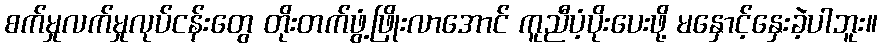
စက်မှုလက်မှုလုပ်ငန်းတွေ တိုးတက်ဖွံ့ဖြိုးလာအောင် ကူညီပံ့ပိုးပေးဖို့ မနှောင့်နှေးခဲ့ပါဘူး။